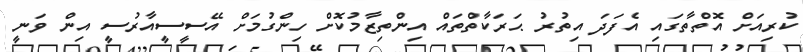
ކުރިއަށް އޮތްތާގައި އެފަދަ އިތުރު ޙަރަކާތްތައް އިންތިޒާމުކޮށް ހިންގުމަށް އޭސީސީއާރުސީ އިން ވަނީ